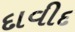
દાવીદ